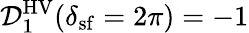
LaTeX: \mathcal{D}_{1}^{\mathrm{HV}}(\delta_{\mathrm{sf}}=2\pi)=-1